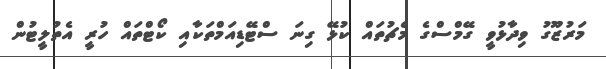
މަރުޒޫގު ވިދާޅުވީ ގޭމްސްގެ މެޗުތައް ކުޅޭ ގިނަ ސްޓޭޑިއަމްތަކާއި ކޯޓްތައް ހުރީ އެތުލީޓުން